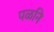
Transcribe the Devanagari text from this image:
पळनि